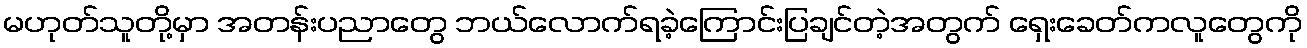
မဟုတ်သူတို့မှာ အတန်းပညာတွေ ဘယ်လောက်ရခဲ့ကြောင်းပြချင်တဲ့အတွက် ရှေးခေတ်ကလူတွေကို